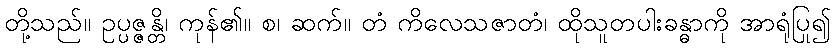
တို့သည်။ ဥပ္ပဇ္ဇန္တိ၊ ကုန်၏။ စ၊ ဆက်။ တံ ကိလေသဇာတံ၊ ထိုသူတပါးခန္ဓာကို အာရုံပြု၍